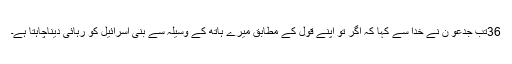
36تب جِدعو ن نے خُدا سے کہا کہ اگر تُو اپنے قَول کے مُطابِق میرے ہاتھ کے وسِیلہ سے بنی اِسرائیل کو رہائی دیناچاہتا ہے۔